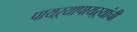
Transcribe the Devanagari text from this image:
पायऱ्यापायऱ्यांची